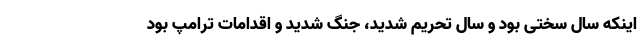
اینکه سال سختی بود و سال تحریم شدید، جنگ شدید و اقدامات ترامپ بود